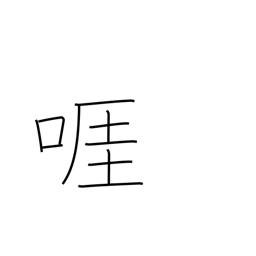
Meaning: wrangle